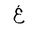
Letter: _gayn